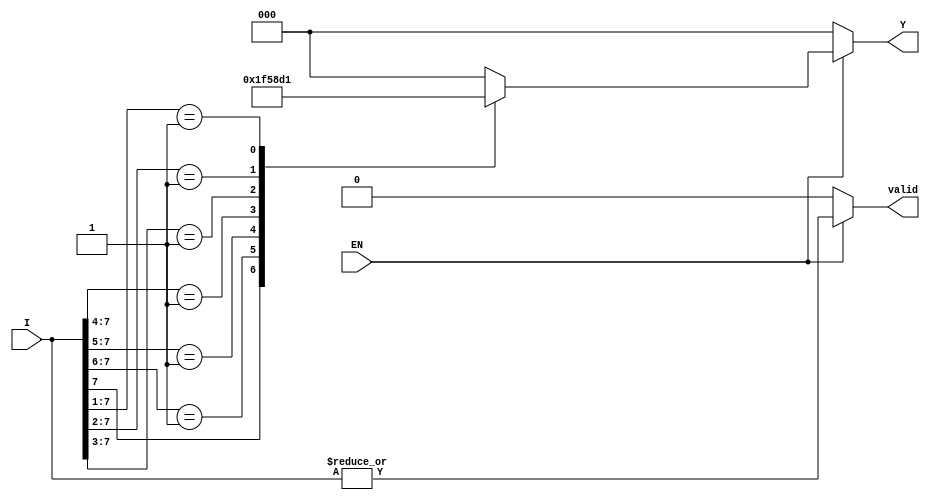
module encoder_8to3 (
    input wire [7:0] I,    // 8 input lines
    input wire EN,         // Enable signal
    output reg [2:0] Y,    // 3 output lines
    output reg valid       // Output valid signal
);
    
    always @(*) begin
        if (EN) begin
            casez (I) // Use casez to handle unknown states as well
                8'b1??????? : Y = 3'b111; // I7
                8'b01?????? : Y = 3'b110; // I6
                8'b001????? : Y = 3'b101; // I5
                8'b0001???? : Y = 3'b100; // I4
                8'b00001??? : Y = 3'b011; // I3
                8'b000001?? : Y = 3'b010; // I2
                8'b0000001? : Y = 3'b001; // I1
                8'b00000001 : Y = 3'b000; // I0
                default     : Y = 3'b000; // No active inputs
            endcase
            valid = |I; // Set valid if any input is active
        end else begin
            Y = 3'b000; // Default output when EN is low
            valid = 1'b0; // Invalid output
        end
    end

endmodule